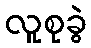
လူစုခွဲ